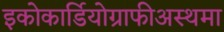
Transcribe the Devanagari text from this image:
इकोकार्डियोग्राफीअस्थमा